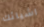
اشيائك